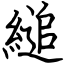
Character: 縋